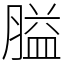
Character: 膉